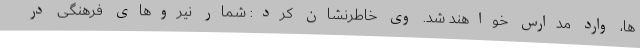
ها، وارد مدارس خواهند شد. وی خاطرنشان کرد: شمار نیروهای فرهنگی در